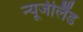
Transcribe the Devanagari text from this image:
न्‍यूजीलैंड